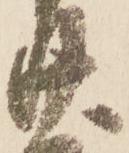
廿